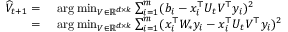
\begin{array} { r l } { \widehat { V } _ { t + 1 } = } & { ~ \arg \operatorname* { m i n } _ { V \in \mathbb { R } ^ { d \times k } } \sum _ { i = 1 } ^ { m } ( b _ { i } - x _ { i } ^ { \top } U _ { t } V ^ { \top } y _ { i } ) ^ { 2 } } \\ { = } & { ~ \arg \operatorname* { m i n } _ { V \in \mathbb { R } ^ { d \times k } } \sum _ { i = 1 } ^ { m } ( x _ { i } ^ { \top } W _ { * } y _ { i } - x _ { i } ^ { \top } U _ { t } V ^ { \top } y _ { i } ) ^ { 2 } } \end{array}